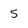
Character: 5